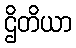
ဌိတိယာ